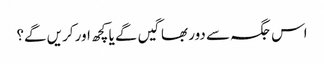
اس جگہ سے دور بھاگیں گے یا کچھ اور کریں گے؟